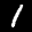
Label: 1